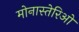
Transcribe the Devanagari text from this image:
मोनास्तेरिओ